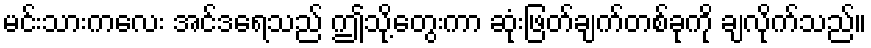
မင်းသားကလေး အင်ဒရေသည် ဤသို့တွေးကာ ဆုံးဖြတ်ချက်တစ်ခုကို ချလိုက်သည်။